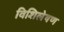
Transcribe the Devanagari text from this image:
विशिलेषण